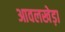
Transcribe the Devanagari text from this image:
आवलखेड़ा